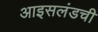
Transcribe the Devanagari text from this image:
आइसलंडची